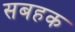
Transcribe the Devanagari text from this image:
सबहक